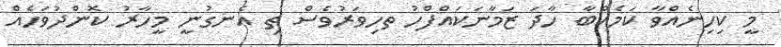
މީ ކިހިނެއްވާ ކަމެއްބާ ހާދަ ޒަމާނަކައްފްހު ތހިވަރުވެސް ތި އެނގުނީ މީހާރު ކޮންދުވަހެއް